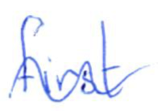
Text: first
Cross-out: wave
Writing tool: ballpoint